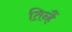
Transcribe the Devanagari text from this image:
तिन्‍हैं